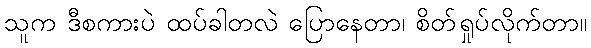
သူက ဒီစကားပဲ ထပ်ခါတလဲ ပြောနေတာ၊ စိတ်ရှုပ်လိုက်တာ။